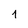
Character: 1